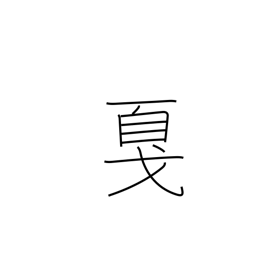
Meaning: halberd